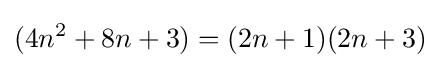
(4n^{2}+8n+3)=(2n+1)(2n+3)